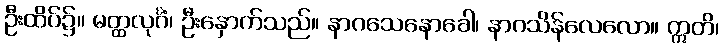
ဦးထိပ်၌။ မတ္ထလုင်္ဂံ၊ ဦးနှောက်သည်။ နာဂသေနောခေါ၊ နာဂသိန်လေလော။ ဣတိ၊